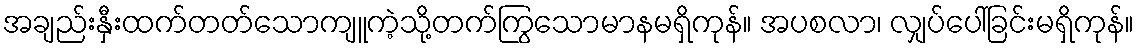
အချည်းနှီးထက်တတ်သောကျူကဲ့သို့တက်ကြွသောမာနမရှိကုန်။ အပစလာ၊ လျှပ်ပေါ်ခြင်းမရှိကုန်။